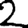
Digit: 2